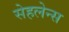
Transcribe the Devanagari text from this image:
सेहलेन्स